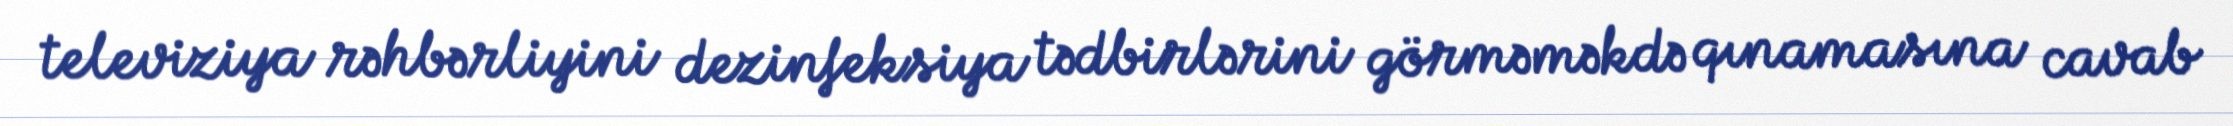
televiziya rəhbərliyini dezinfeksiya tədbirlərini görməməkdə qınamasına cavab